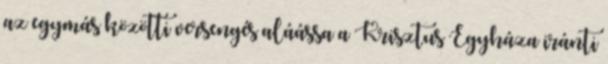
az egymás közötti versengés aláássa a Krisztus Egyháza iránti